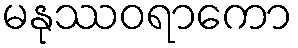
မနုဿဝရာကော